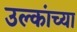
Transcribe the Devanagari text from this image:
उल्कांच्या